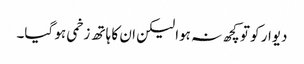
دیوار کو تو کچھ نہ ہوا لیکن ان کا ہاتھ زخمی ہو گیا۔